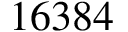
1 6 3 8 4